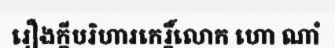
រឿងក្តីបរិហារកេរ្តិ៍លោក ហោ ណាំ